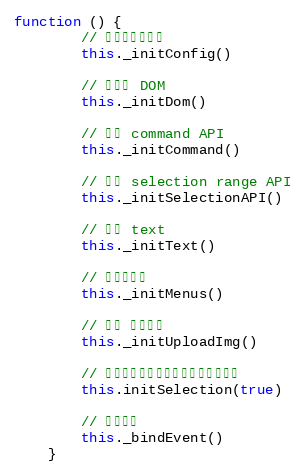
Language: JavaScript
function () {
        // 初始化配置信息
        this._initConfig()

        // 初始化 DOM
        this._initDom()

        // 封装 command API
        this._initCommand()

        // 封装 selection range API
        this._initSelectionAPI()

        // 添加 text
        this._initText()

        // 初始化菜单
        this._initMenus()

        // 添加 图片上传
        this._initUploadImg()

        // 初始化选区，将光标定位到内容尾部
        this.initSelection(true)

        // 绑定事件
        this._bindEvent()
    }